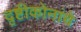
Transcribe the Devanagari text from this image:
दृष्टीकोनांचे